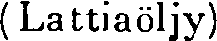
(Lattiaöljy)